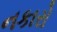
નકારો